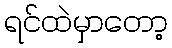
ရင်ထဲမှာတော့